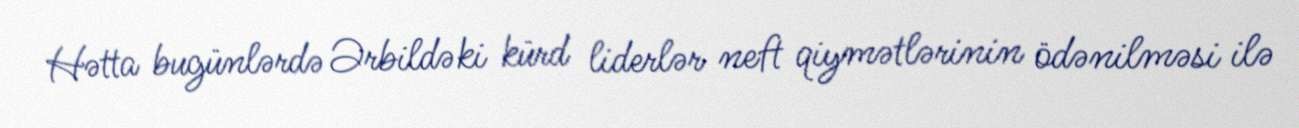
Hətta bugünlərdə Ərbildəki kürd liderlər neft qiymətlərinin ödənilməsi ilə